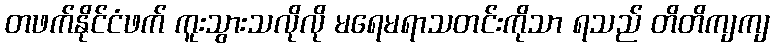
တဖက်နိုင်ငံဖက် ကူးသွားသလိုလို မရေမရာသတင်းကိုသာ ရသည် တိတိကျကျ